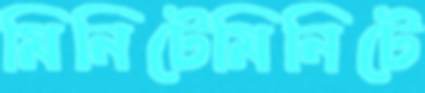
মিনিটেমিনিটে